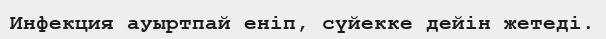
Инфекция ауыртпай еніп, сүйекке дейін жетеді.